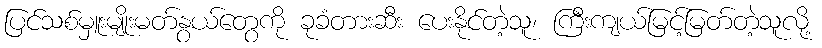
ပြင်သစ်မှူးမျိုးမတ်နွယ်တွေကို ခုခံတားဆီး ပေးနိုင်တဲ့သူ၊ ကြီးကျယ်မြင့်မြတ်တဲ့သူလို့